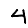
Digit: 4